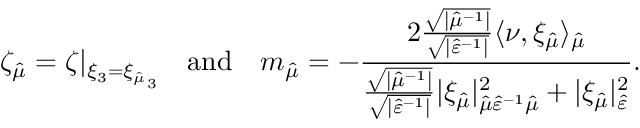
\zeta _ { \hat { \mu } } = \zeta \vert _ { { \xi _ { 3 } = \xi _ { \hat { \mu } } } _ { 3 } } \quad \mathrm { a n d } \quad m _ { \hat { \mu } } = - \frac { 2 \frac { \sqrt { \lvert \hat { \mu } ^ { - 1 } \rvert } } { \sqrt { \lvert \hat { \varepsilon } ^ { - 1 } \rvert } } \langle \nu , \xi _ { \hat { \mu } } \rangle _ { \hat { \mu } } } { \frac { \sqrt { \lvert \hat { \mu } ^ { - 1 } \rvert } } { \sqrt { \lvert \hat { \varepsilon } ^ { - 1 } \rvert } } \lvert \xi _ { \hat { \mu } } \rvert _ { \hat { \mu } \hat { \varepsilon } ^ { - 1 } \hat { \mu } } ^ { 2 } + \lvert \xi _ { \hat { \mu } } \rvert _ { \hat { \varepsilon } } ^ { 2 } } .